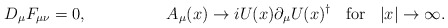
\begin{align*}D_{\mu} F_{\mu\nu} = 0, \hspace{2cm} A_{\mu}(x) \rightarrow i U(x) \partial_{\mu} U(x)^{\dagger} \; \; \hbox{ for } \; \; |x| \rightarrow \infty .\end{align*}